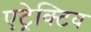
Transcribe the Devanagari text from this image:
एट्रेक्टिव